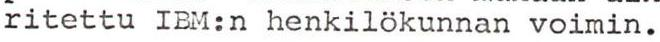
ritettu IBM:n henkilökunnan voimin.